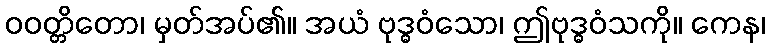
ဝဝတ္တိတော၊ မှတ်အပ်၏။ အယံ ဗုဒ္ဓဝံသော၊ ဤဗုဒ္ဓဝံသကို။ ကေန၊